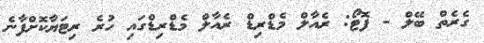
ގެރެތް ބޭލް - ފޮޓޯ: ރެއާލް މެޑްރިޑް ރެއާލް މެޑްރިޑްގައި ހުރެ ރިޓަޔާކޮށްފާނެ